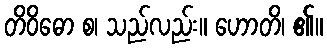
တိဝိဓော စ၊ သည်လည်း။ ဟောတိ၊ ၏။